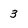
Character: 3